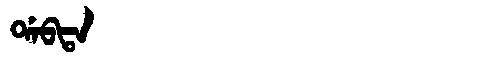
Manchu: ᡩᠠᠪᡨᠠ
Romanization: DABTA